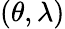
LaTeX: (\theta,\lambda)